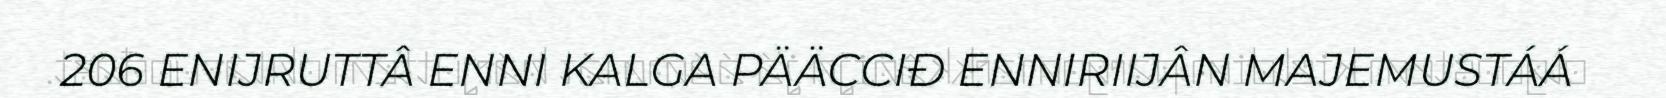
206 ENIJRUTTÂ ENNI KALGA PÄÄCCIĐ ENNIRIIJÂN MAJEMUSTÁÁ